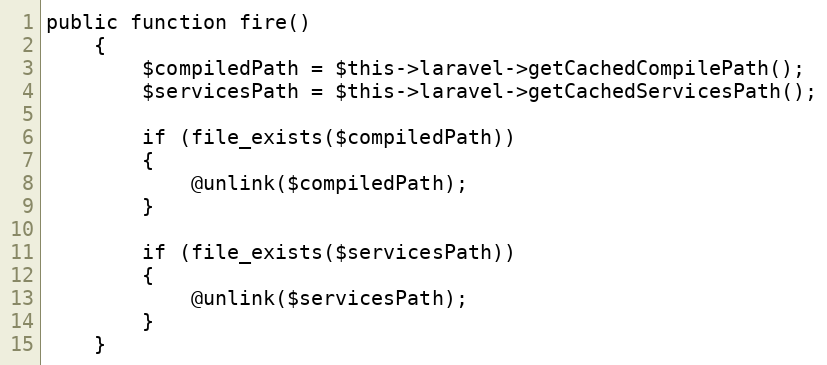
Language: PHP
public function fire()
	{
		$compiledPath = $this->laravel->getCachedCompilePath();
		$servicesPath = $this->laravel->getCachedServicesPath();

		if (file_exists($compiledPath))
		{
			@unlink($compiledPath);
		}

		if (file_exists($servicesPath))
		{
			@unlink($servicesPath);
		}
	}